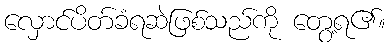
လှောင်ပိတ်ခံရဆဲဖြစ်သည်ကို တွေ့ရ၏။